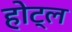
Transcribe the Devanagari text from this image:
होट्ल